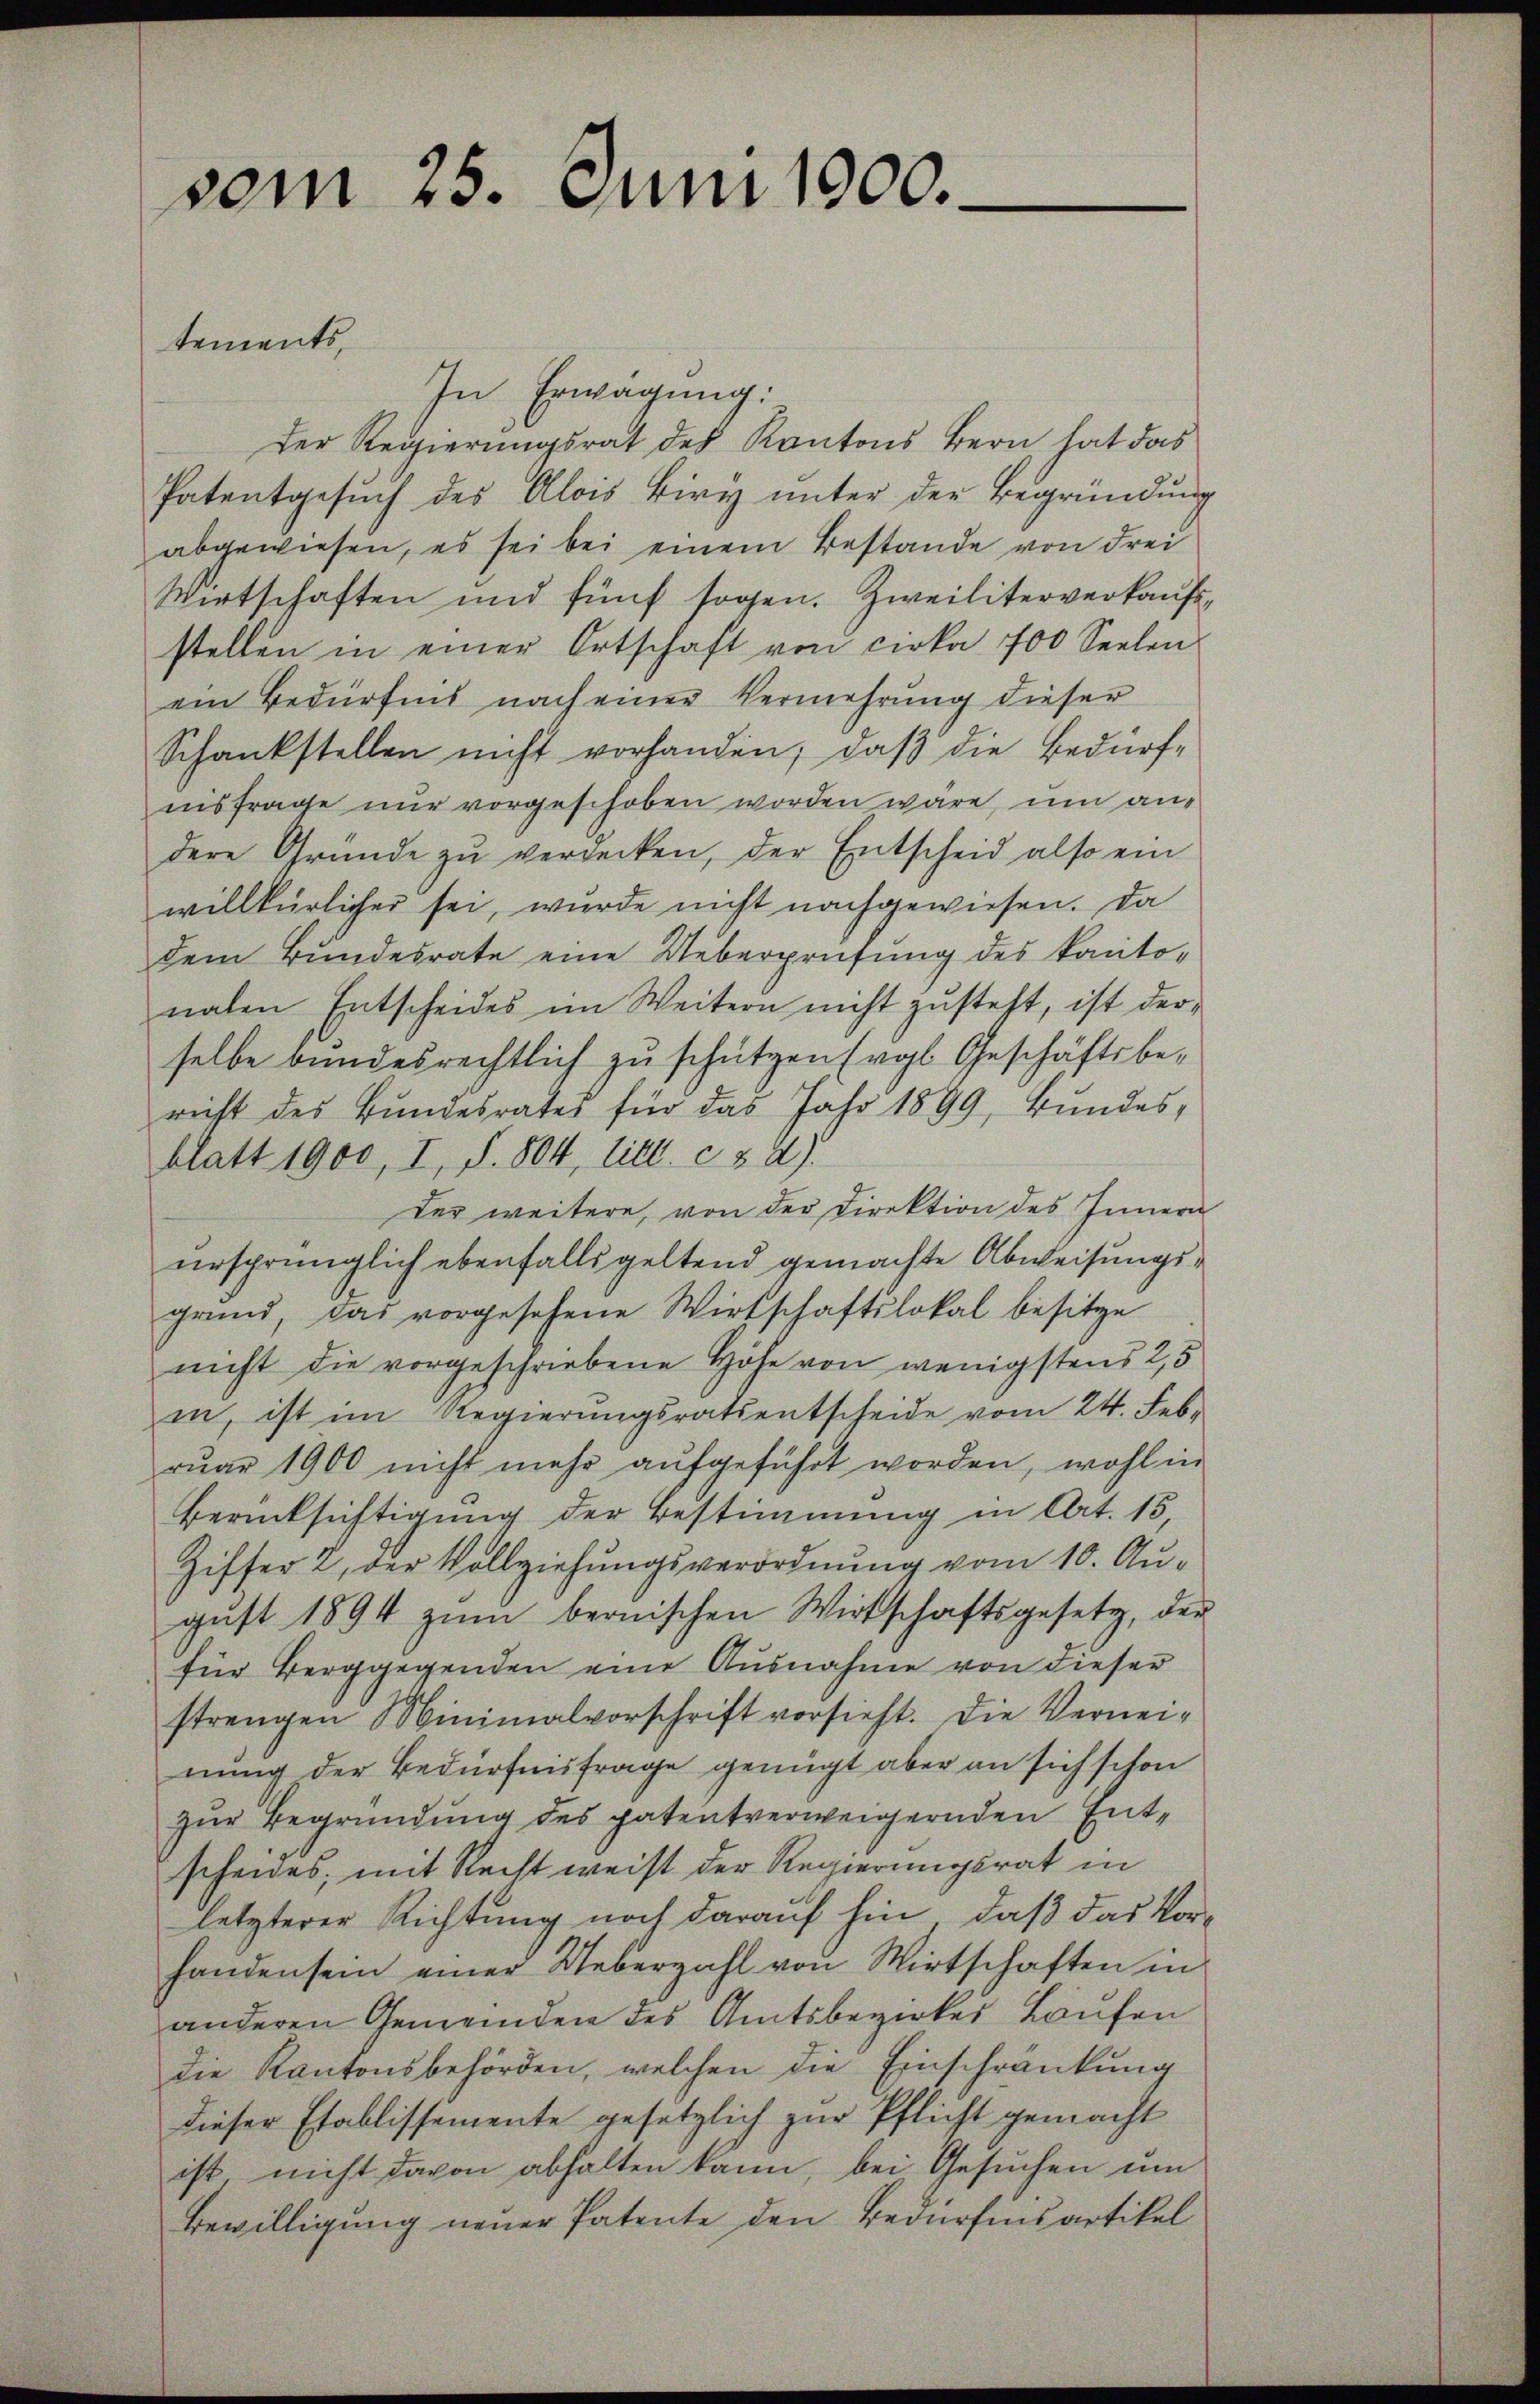
vom 25. Juni 1900.
tements,

In Erwägung:
Der Regierungsrat des Kantons Bern hat das
Patentgesuch des Alois Biry unter der Begründung
abgewiesen, es sei bei einem Bestande von drei
Wirtschaften und fünf sogen. Zweiliterverkaufsstellen in einer Ortschaft von cirka 700 Seelen
ein Bedürfnis nach einer Vermehrung dieser
Schankstellen nicht vorhanden; daß die Bedürf-
nisfrage nur vorgeschoben worden wäre, um andere Gründe zŭ verdecken, der Entscheid also ein
willkürlicher sei, wurde nicht nachgewiesen. Da
dem Bundesrate eine Ueberprüfung des kanto-
nalen Entscheides im Weitern nicht zŭsteht, ist derselbe bundesrechtlich zu schützen (vgl. Geschäftsbe-
richt des Bundesrates für das Jahr 1899, Bundesblatt 1900, I, S. 804, litt. c. § 2).
der weitere, von der Direktion des Innern
ursprünglich ebenfalls geltend gemachte Abweisungsgrund, das vorgesehene Wirtschaftslokal besitze
nicht die vorgeschriebene Höhe von wenigstens 2,5
in, ist im Regierungsrats entscheide vom 24. Februar 1900 nicht mehr aufgeführt worden, wohl in
Berücksichtigung der Bestimmung in Art. 15
Ziffer 2, der Vollziehungsverordnung vom 10. Augŭst 1894 zŭm bernischen Wirtschaftsgesetz, der
für Berggegenden eine Ausnahme von dieser
strengen Minimalvorschrift vorsieht. Die Vernei-
nung der Bedürfnisfrage genügt aber an sich schon
zur Begründung des patentverweigernden Entscheides, mit Recht weist der Regierungsrat in
letzterer Richtung noch darauf hin, daß das Vor-
handen sein einer Ueberzahl von Wirtschaften in
anderen Gemeinden des Amtsbezirkes Laufen
die Kantonsbehörden, welchen die Einschränkung
dieser Etablissemente gesetzlich zur Pflicht gemacht
ist nicht davon abhalten kann, bei Gesuchen um
Bewilligung neuer Patente den Bedürfnis artikel